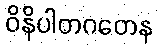
ဝိနိပါတဂတေန